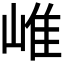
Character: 𡹐